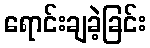
ရောင်းချခဲ့ခြင်း